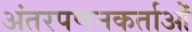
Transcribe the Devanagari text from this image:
अंतरपणनकर्ताओं